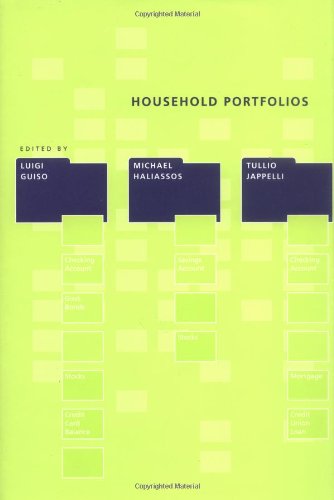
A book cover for Household Portfolios; Luigi Guiso; Business & Money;